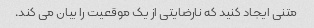
متنی ایجاد کنید که نارضایتی از یک موقعیت را بیان می کند.